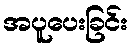
အပူပေးခြင်း